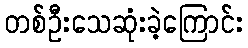
တစ်ဦးသေဆုံးခဲ့ကြောင်း